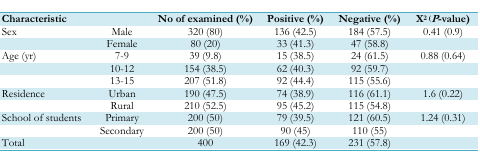
<table><thead><tr><td colspan="2"><b>Characteristic</b></td><td><b>No of examined (%)</b></td><td><b>Positive (%)</b></td><td><b>Negative (%)</b></td><td><b>X<sup>2</sup>(<i>P</i>-value)</b></td></tr></thead><tbody><tr><td>Sex</td><td>Male</td><td>320 (80)</td><td>136 (42.5)</td><td>184 (57.5)</td><td>0.41 (0.9)</td></tr><tr><td></td><td>Female</td><td>80 (20)</td><td>33 (41.3)</td><td>47 (58.8)</td><td></td></tr><tr><td>Age (yr)</td><td>7–9</td><td>39 (9.8)</td><td>15 (38.5)</td><td>24 (61.5)</td><td>0.88 (0.64)</td></tr><tr><td></td><td>10–12</td><td>154 (38.5)</td><td>62 (40.3)</td><td>92 (59.7)</td><td></td></tr><tr><td></td><td>13–15</td><td>207 (51.8)</td><td>92 (44.4)</td><td>115 (55.6)</td><td></td></tr><tr><td>Residence</td><td>Urban</td><td>190 (47.5)</td><td>74 (38.9)</td><td>116 (61.1)</td><td>1.6 (0.22)</td></tr><tr><td></td><td>Rural</td><td>210 (52.5)</td><td>95 (45.2)</td><td>115 (54.8)</td><td></td></tr><tr><td>School of students</td><td>Primary</td><td>200 (50)</td><td>79 (39.5)</td><td>121 (60.5)</td><td>1.24 (0.31)</td></tr><tr><td></td><td>Secondary</td><td>200 (50)</td><td>90 (45)</td><td>110 (55)</td><td></td></tr><tr><td>Total</td><td></td><td>400</td><td>169 (42.3)</td><td>231 (57.8)</td><td></td></tr></tbody></table>